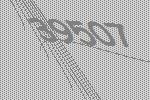
39507